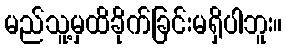
မည်သူ့မှထိခိုက်ခြင်းမရှိပါဘူး။